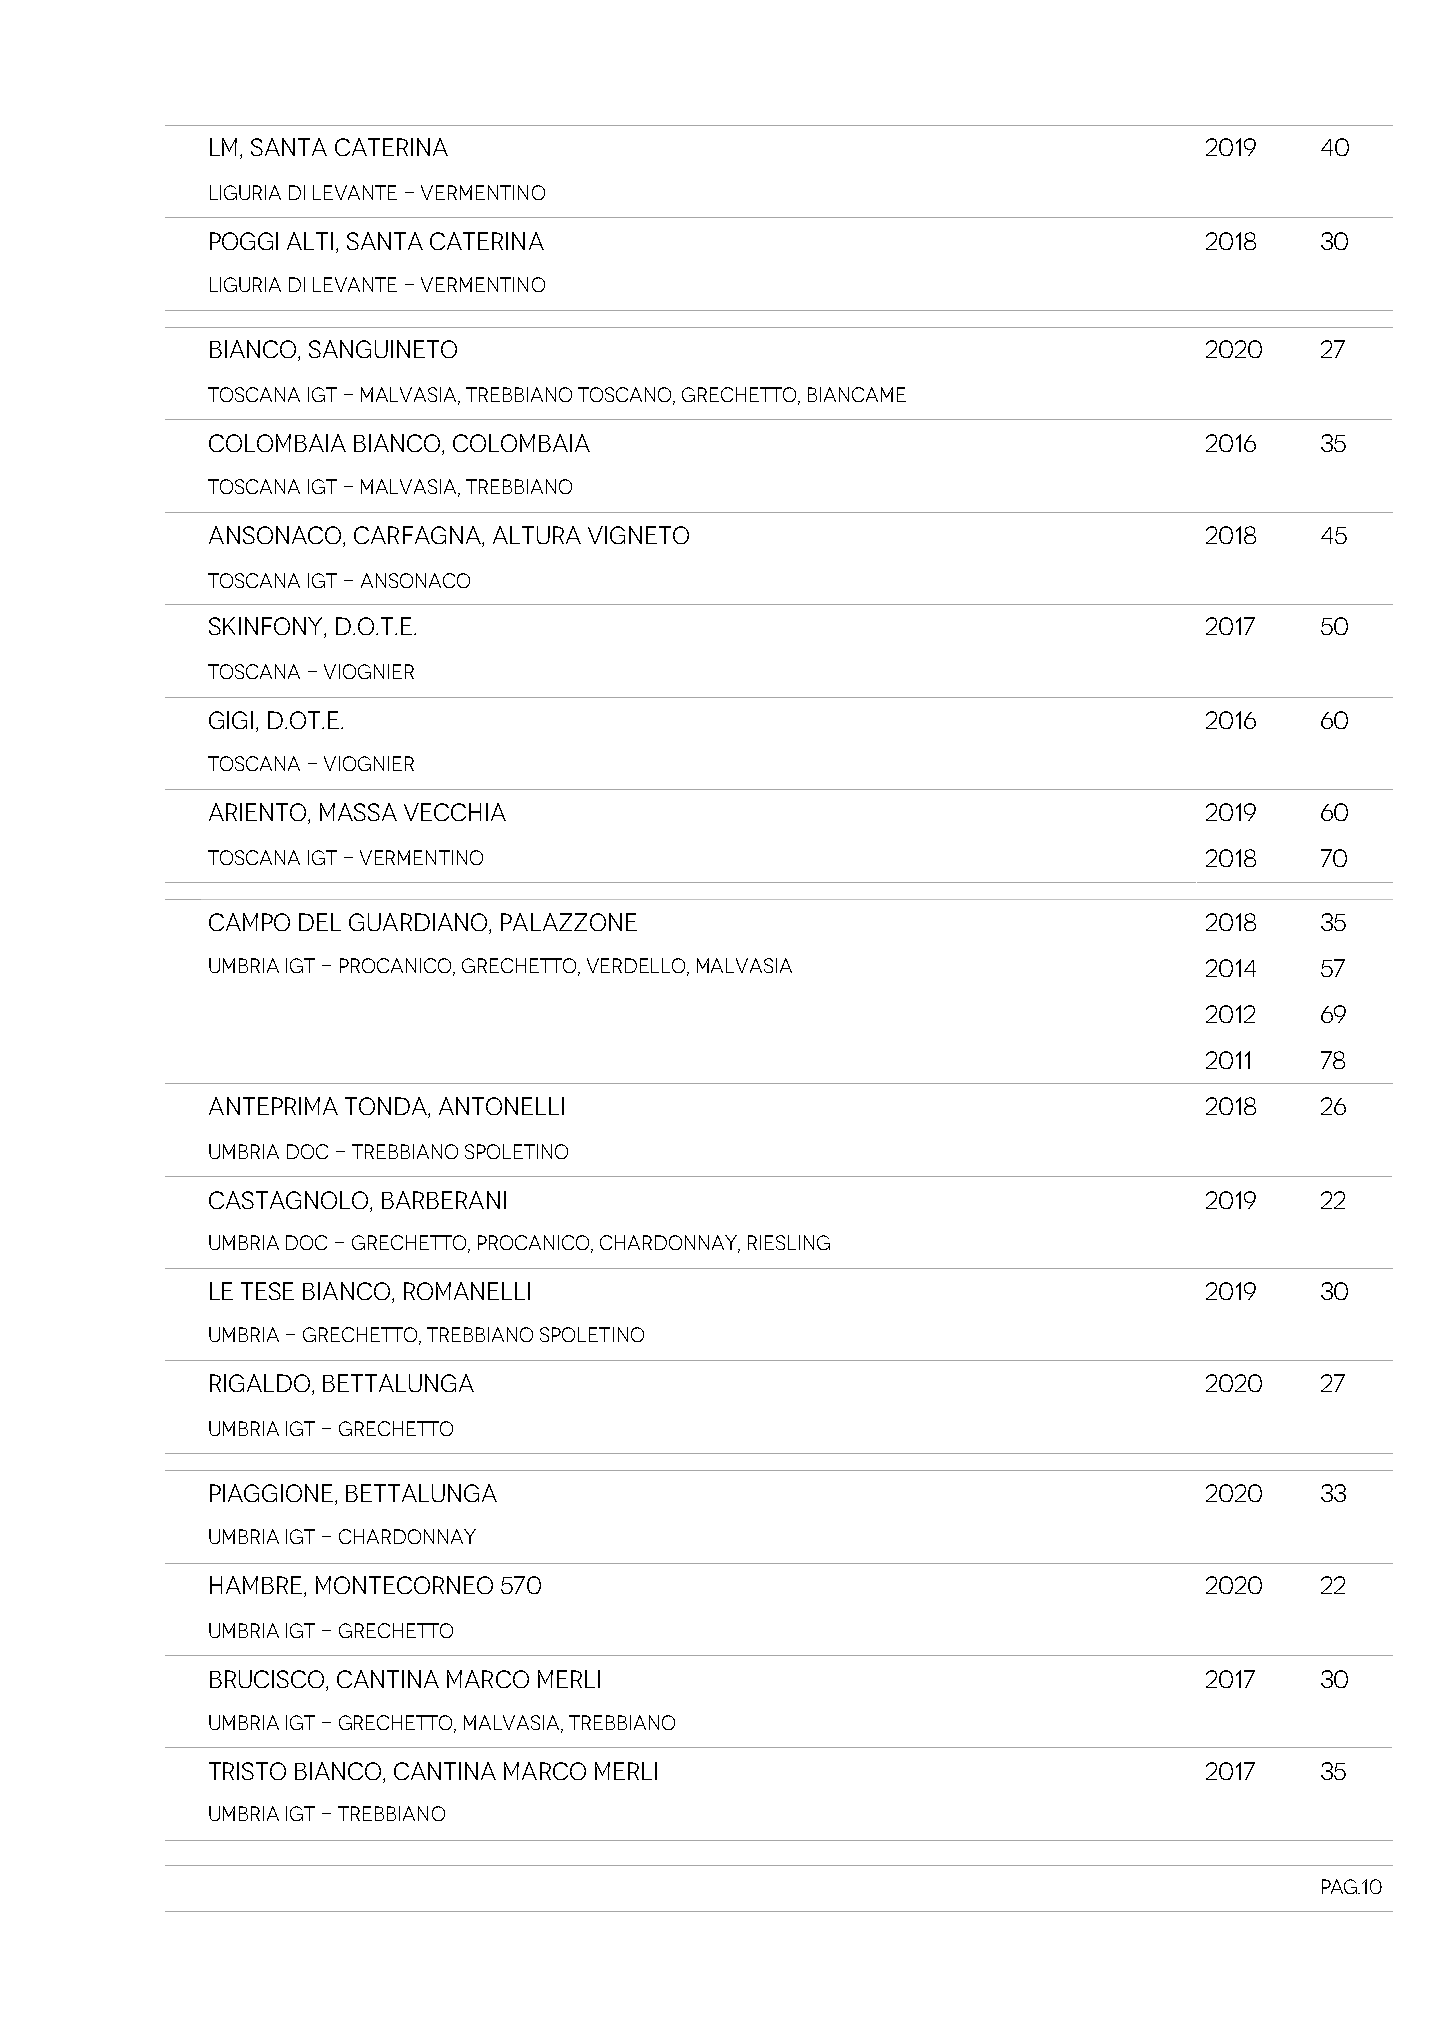
LM, SANTA CATERINA                                                2019   40
 Liguria di Levante - Vermentino
 POGGI ALTI, SANTA CATERINA                                        2018   30
 Liguria di Levante - Vermentino
 BIANCO, SANGUINETO                                                2020   27
 Toscana IGT - Malvasia, Trebbiano Toscano, Grechetto, Biancame
 COLOMBAIA BIANCO, COLOMBAIA                                       2016   35
 Toscana IGT - Malvasia, Trebbiano
 ANSONACO, CARFAGNA, ALTURA VIGNETO                                2018   45
 Toscana IGT - Ansonaco
 SKINFONY, D.O.T.E.                                                2017   50
 Toscana - Viognier
 GIGI, D.OT.E.                                                     2016   60
 Toscana - Viognier
 ARIENTO, MASSA VECCHIA                                            2019   60
 Toscana igt - Vermentino                                          2018   70
 CAMPO DEL GUARDIANO, PALAZZONE                                    2018   35
 Umbria IGT - Procanico, Grechetto, Verdello, Malvasia             2014   57
 2012   69
 2011   78
 ANTEPRIMA TONDA, ANTONELLI                                        2018   26
 Umbria DOC - Trebbiano Spoletino
 CASTAGNOLO, BARBERANI                                             2019   22
 Umbria DOC - Grechetto, Procanico, Chardonnay, Riesling
 LE TESE BIANCO, ROMANELLI                                         2019   30
 Umbria - Grechetto, Trebbiano Spoletino
 RIGALDO, BETTALUNGA                                               2020   27
 Umbria Igt - Grechetto
 PIAGGIONE, BETTALUNGA                                             2020   33
 Umbria Igt - Chardonnay
 HAMBRE, MONTECORNEO 570                                           2020   22
 Umbria Igt - Grechetto
 BRUCISCO, CANTINA MARCO MERLI                                     2017   30
 Umbria Igt - Grechetto, Malvasia, Trebbiano
 TRISTO BIANCO, CANTINA MARCO MERLI                                2017   35
 Umbria Igt - Trebbiano
 Pag.10